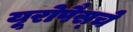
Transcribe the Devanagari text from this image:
यूरोपैस्चे